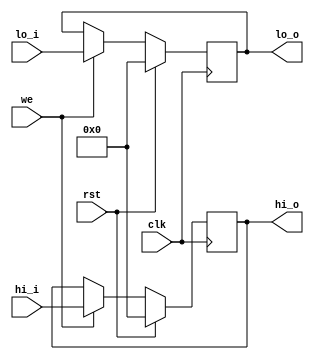
`timescale 1ns / 1ps
//////////////////////////////////////////////////////////////////////////////////
// Company: 
// Engineer: 
// 
// Design Name: 
// Module Name: hilo_reg
// Project Name: 
// Target Devices: 
// Tool Versions: 
// Description: 
// 
// Dependencies: 
// 
// Revision:
// Revision 0.01 - File Created
// Additional Comments:
// 
//////////////////////////////////////////////////////////////////////////////////


module hilo_reg(
        input wire clk,rst,
        input wire we,      //HI,LO
        input wire[31:0] hi_i,
        input wire [31:0] lo_i,
        output reg [31:0] hi_o,
        output reg [31:0] lo_o
    );
    always @(posedge clk) begin
        if(rst) begin
            hi_o <= 0;
            lo_o <= 0;
        end 
        else if (we) begin
            hi_o <= hi_i;
            lo_o <= lo_i;
        end
    end

endmodule